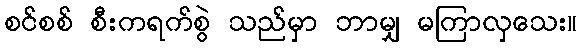
စင်စစ် စီးကရက်စွဲ သည်မှာ ဘာမျှ မကြာလှသေး။